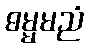
ဓမ္မမညံ